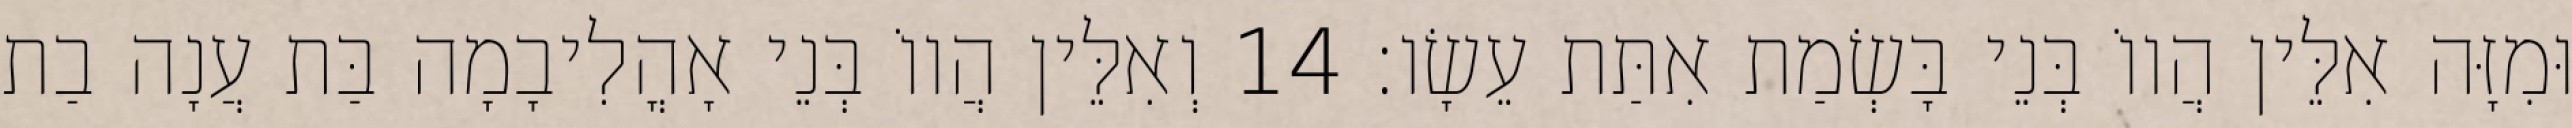
וּמִזָּה אִלֵּין הֲווֹ בְּנֵי בָּשְׂמַת אִתַּת עֵשָׂו׃ 14 וְאִלֵּין הֲווֹ בְּנֵי אָהֳלִיבָמָה בַּת עֲנָה בַת